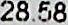
28.58